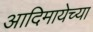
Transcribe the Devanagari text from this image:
आदिमायेच्या